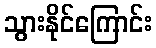
သွားနိုင်ကြောင်း